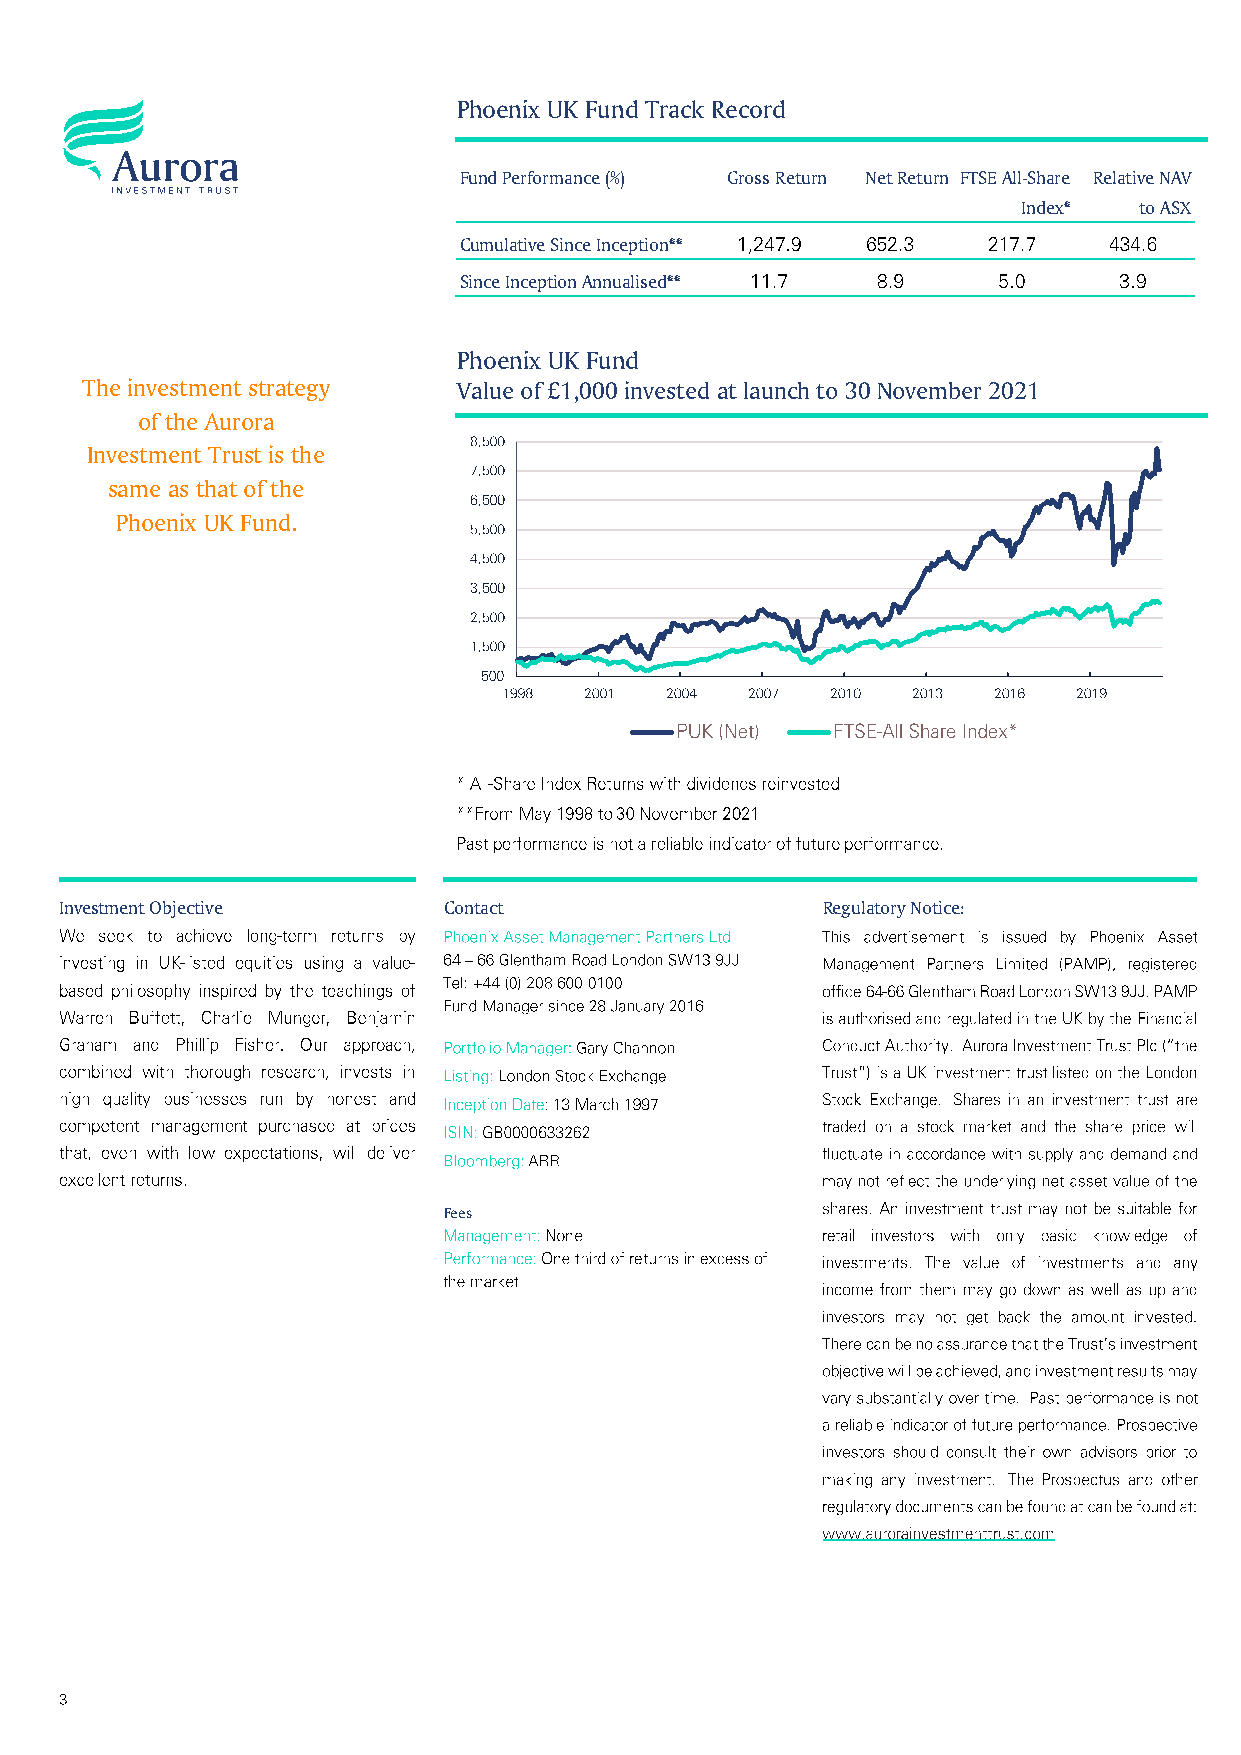
Phoenix UK Fund Track Record
 Fund Performance (%) Gross Return Net Return FTSE All-Share Relative NAV
 Index* to ASX
 Cumulative Since Inception**
 Since Inception Annualised**
 Phoenix UK Fund
 The investment strategy  Value of £1,000 invested at launch to 30 November 2021
 of the Aurora
 Investment Trust is the
 same as that of the
 Phoenix UK Fund.
 Investment Objective     Contact                  Regulatory Notice:
 Fees